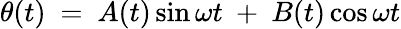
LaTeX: \theta(t)\ =\ A(t)\sin\omega t\ +\ B(t)\cos\omega t